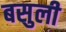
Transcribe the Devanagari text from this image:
बसुली